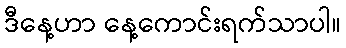
ဒီနေ့ဟာ နေ့ကောင်းရက်သာပါ။